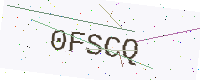
Text: 0FSCQ